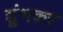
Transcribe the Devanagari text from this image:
शुंभकर